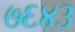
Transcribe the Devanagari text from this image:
७६४३